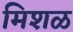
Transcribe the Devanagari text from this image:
मिशळ